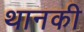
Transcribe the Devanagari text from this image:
थानकी